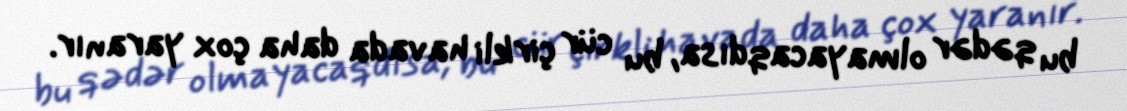
bu qədər olmayacaqdısa, bu cür çirkli havada daha çox yaranır.